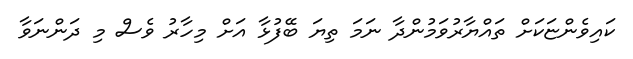
ކައިވެންޏަކަށް ތައްޔާރުވަމުންދާ ނަމަ ތިޔަ ބޭފުޅާ އަށް މިހާރު ވެސް މި ދަންނަވާ